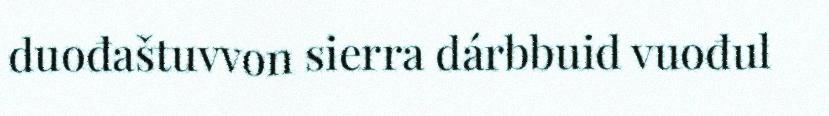
duođaštuvvon sierra dárbbuid vuođul